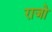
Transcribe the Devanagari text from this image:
राजो